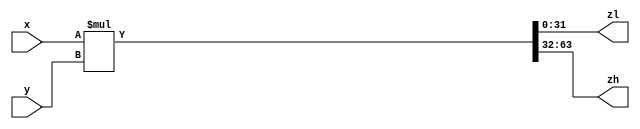
module mult (
        input  [31:0] x,
        input  [31:0] y,
        output [31:0] zl,
        output [31:0] zh
);

    wire [63:0] result;
    assign result = x * y;
    assign zl = result[31:0];
    assign zh = result[63:32];

endmodule